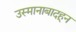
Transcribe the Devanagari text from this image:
उस्मानाबादहून